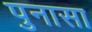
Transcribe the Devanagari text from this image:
पुनासा